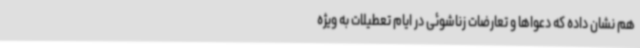
هم نشان داده که دعواها و تعارضات زناشوئی در ایام تعطیلات به ویژه